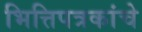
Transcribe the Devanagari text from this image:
भित्तिपत्रकांचे